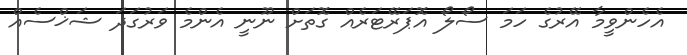
އެހެންވީމާ އޭރުގެ ހަމަ ސޯލޯ އޮޕަރޭޓަރެއް ގޮތަށް ނޫނީ އެންމެ ވަރުގަދަ ޝަޚްސެއް